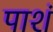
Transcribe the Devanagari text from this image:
पाशं